Standards of the constituents of the urine and blood and the bearing of the metabolism of Bengalis on the problems of nutrition - Number 34
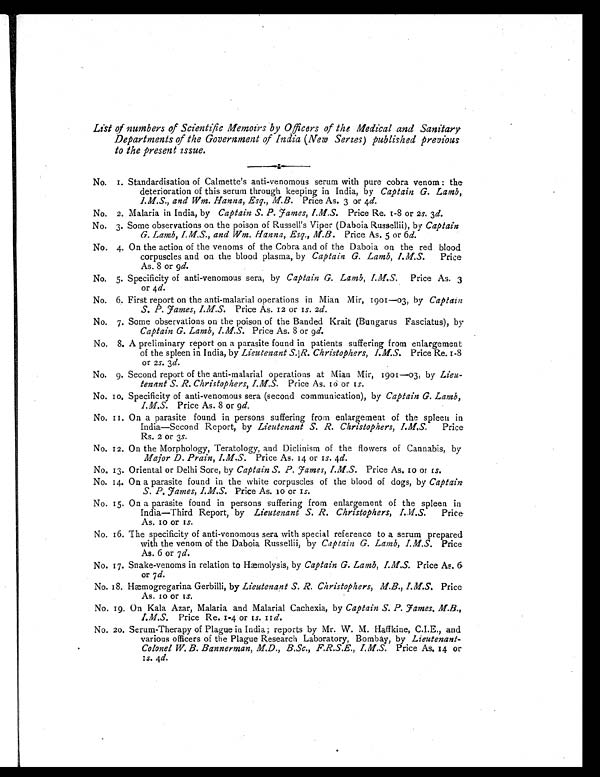
List of numbers of Scientific Memoirs by Officers of the Medical and Sanitary
Departments of the Government of India (New Series) published previous
to the present issue.
No. 1. Standardisation of Calmette's anti-venomous serum with pure cobra venom: the
deterioration of this serum through keeping in India, by Captain G. Lamb,
I.M.S., and Wm. Hanna, Esq., M.B. Price As. 3 or 4d.
No. 2. Malaria in India, by Captain S. P. James, I.M.S. Price Re. 1-8 or 2s . 3 d.
No. 3. Some observations on the poison of Russell's Viper (Daboia Russellii), by Captain
G. Lamb, I.M.S., and Wm. Hanna, Esq., M.B. Price As. 5 or 6 d.
No. 4. On the action of the venoms of the Cobra and of the Daboia on the red blood
corpuscles and on the blood plasma, by Captain G. Lamb, Price
As. 8 or 9d.
No. 5. Specificity of anti-venomous sera, by Captain G. Lamb, I.M.S. Price As. 3
or 4 d.
No. 6. First report on the anti-malarial operations in Mian Mir, 1901-03, by Captain
S. P. James, I.M.S. Price As. 12 or 1s. 2d.
No. 7. Some observations on the poison of the Banded Krait (Bungarus Fasciatus), by
Captain G. Lamb, I.M.S. Price As. 8 or 9 d.
No. 8. A preliminary report on a parasite found in patients suffering from enlargement
of the spleen in India, by Lieutenant S. R. Christophers, I.M.S. Price Re. 1-8
or 2s . 3 d.
No. 9. Second report of the anti-malarial operations at Mian
1901-03, by Lieu-
tenant S. R. Christophers, I.M.S. Price As. 10 or 1s.
No. 10. Specificity of anti-venomous sera (second communication), by Captain G. Lamb,
I.M.S. Price As. 8 or 9 d.
No. 11. On a parasite found in persons suffering from enlargement of the spleen in
India-Second Report, by Lieutenant S. R. Christophers, I.M.S. Price
Rs. 2 or 3s.
No. 12. On the Morphology, Teratology, and Diclinism of the flowers of Cannabis, by
Major D. Prain, I.M.S. Price As. 14 or 1s. 4d.
No. 13. Oriental or Delhi Sore, by Captain S. P. James, I.M.S. Price As. 10 or 1S.
No. 14. On a parasite found in the white corpuscles of the blood of dogs, by Captain
S. P. James, I.M.S. Price As. 10 or 1s.
No. 15. On a parasite found in persons suffering from enlargement of the spleen in
India-Third Report, by Lieutenant S. R. Christophers, I.M.S.
Price
As. 10 or 1s.
No. 16. The specificity of anti-venomous sera with special reference to a serum prepared
with the venom of the Daboia Russellii, by Captain G. Lamb, I.M.S. Price
As. 6 or 7d.
No. 17. Snake-venoms in relation to Hæmolysis, by Captain G. Lamb, I.M.S. Price As. 6.
or 7 d.
No. 18. Hæmogregarina Gerbilli, by Lieutenant S. R. Christophers, M.B., I.M.S. Price
As. 10 or 1s.
No. 19. On Kala Azar, Malaria and Malarial Cachexia, by Captain S. P. James. M.B.,
I.M.S. Price Re. 1-4 or 1s. 11d.
No. 20. Serum-Therapy of Plague in India; reports by Mr. W. M. Haffkine, C.I.E., and
various officers of the Plague Research Laboratory, Bombay, by Lieutenant-
Colonel W. B. Bannerman, M.D., B.Sc., F.R.S.E., Price As. 14 or-
1s. 4d.